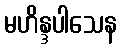
မဟိန္ဒပါသေန